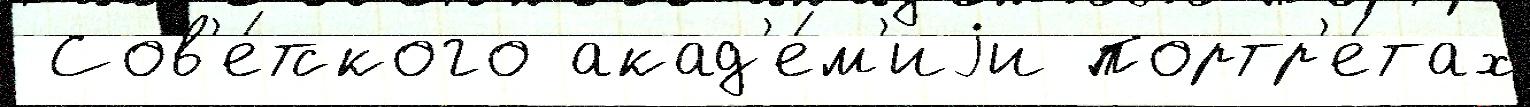
 Сов'е́тского акад'е́м'иjи портр'е́тах